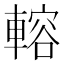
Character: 䡥